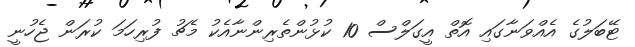
ޓޭބަލުގެ އެއްވަނާގައި އޮތް އީގަލްސް 10 ކުޅުންތެރިންނާއެކު މެޗު ފުރިހަމަ ކުރަން ޖެހުނީ